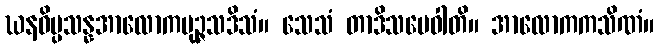
ဃနဝိပ္ပသန္နအာလောကပုဉ္ဇသဒိသံ။ သေသံ တာဒိသမေဝါတိ။ အာလောကကသိဏံ။